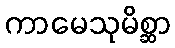
ကာမေသုမိစ္ဆာ